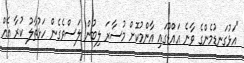
"އަޅުގަނޑުމެންގެ ވާނެ އައްޑޫގައި އާންމުކޮށް މުސާރަ ލިބުން ލަސްވެގެން ހަޅުތާލު ކުރާ އެއް